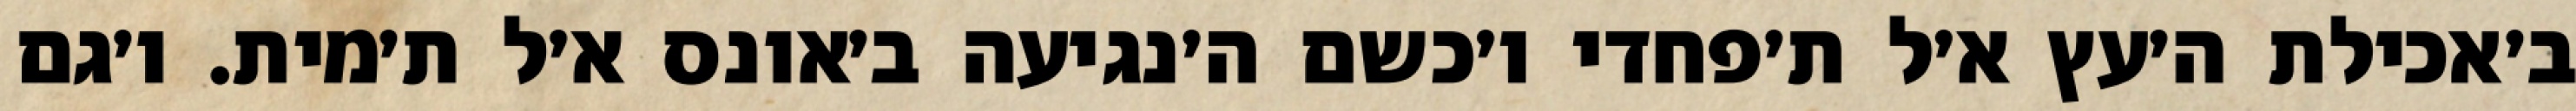
ב׳אכילת ה׳עץ א׳ל ת׳פחדי ו׳כשם ה׳נגיעה ב׳אונס א׳ל ת׳מית. ו׳גם